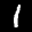
Label: 1